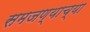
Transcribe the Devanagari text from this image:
समजण्याच्या